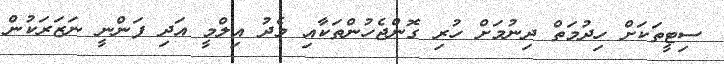
ސިޓީތަކަށް ހިދުމަތް ދިނުމަށް ހުރި ގޮންޖެހުންތަކާއި މެދު އިލްމީ އަދި ފަންނީ ނަޒަރަކުން